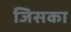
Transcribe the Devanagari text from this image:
जिसका